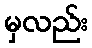
မှလည်း